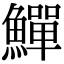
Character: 鱓